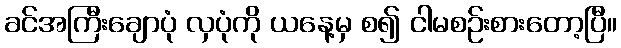
ခင်အကြီးချောပုံ လှပုံကို ယနေ့မှ စ၍ ငါမစဉ်းစားတော့ပြီ။